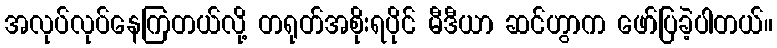
အလုပ်လုပ်နေကြတယ်လို့ တရုတ်အစိုးရပိုင် မီဒီယာ ဆင်ဟွာက ဖော်ပြခဲ့ပါတယ်။